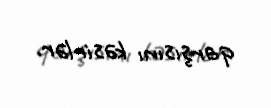
qarşısını kəsirlər.